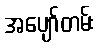
အပျော်တမ်း